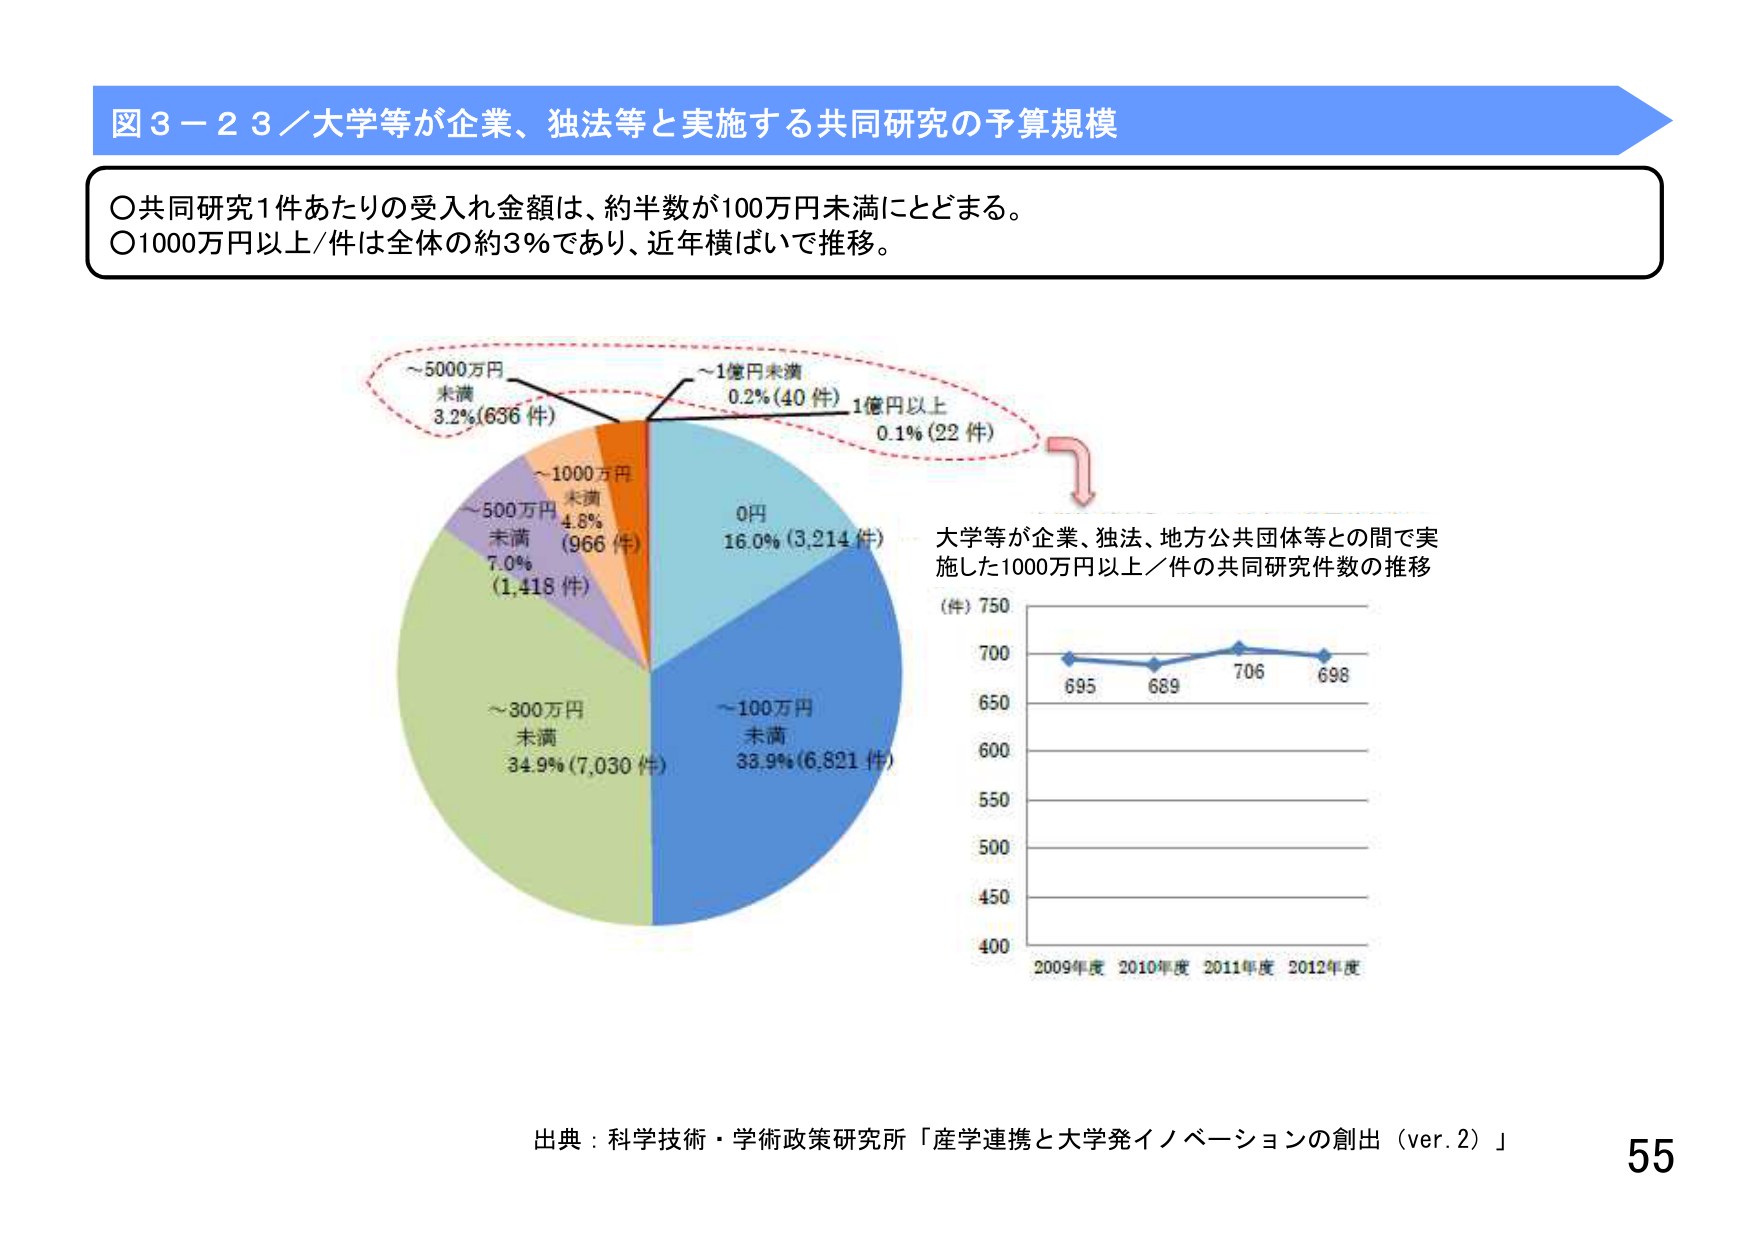
図３－２３／大学等が企業、独法等と実施する共同研究の予算規模

○共同研究1件あたりの受入れ金額は、約半数が100万円未満にとどまる。
○1000万円以上/件は全体の約3％であり、近年横ばいで推移。

～5000万円
未満
3.2% (636 件)

～1億円未満
0.2% (40 件)
1億円以上
0.1% (22 件)

～1000万円
未満
4.8%
(966 件)

0円
16.0% (3,214 件)

～500万円
未満
7.0%
(1,418 件)

～300万円
未満
34.9% (7,030 件)

～100万円
未満
33.9% (6,821 件)

大学等が企業、独法、地方公共団体等との間で実施した1000万円以上／件の共同研究件数の推移

(件) 750
700
695 689 706 698
650
600
550
500
450
400
2009年度 2010年度 2011年度 2012年度

出典：科学技術・学術政策研究所「産学連携と大学発イノベーションの創出（ver.2）」

55